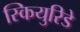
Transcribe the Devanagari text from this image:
स्कियुरिडे